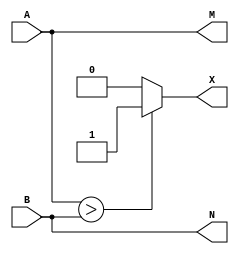
`timescale 1ns / 1ps
//////////////////////////////////////////////////////////////////////////////////
// Company: 
// Engineer: 
// 
// Design Name: 
// Module Name: Comparator
// Project Name: 
// Target Devices: 
// Tool Versions: 
// Description: 
// 
// Dependencies: 
// 
// Revision:
// Revision 0.01 - File Created
// Additional Comments:
// 
//////////////////////////////////////////////////////////////////////////////////


module Comparator(A,B,X,M,N);
    input [3:0]A;
    input [3:0]B;
    output [3:0]M;
    output [3:0]N;       
    output X;
    reg X;
    assign M=A;
    assign N=B;
    
    always @*
    if(A>B)
    X=1;
    else
    X=0;
endmodule